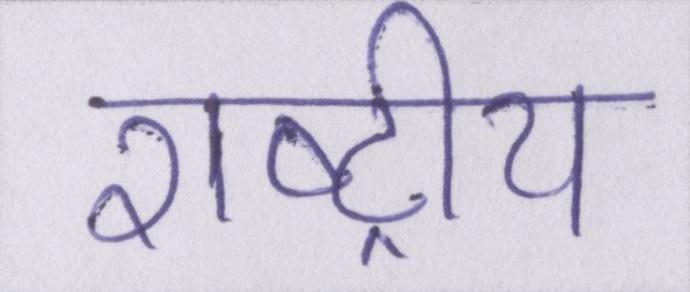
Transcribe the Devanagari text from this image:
राष्ट्रीय